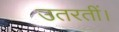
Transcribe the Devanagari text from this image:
उतरतीं।